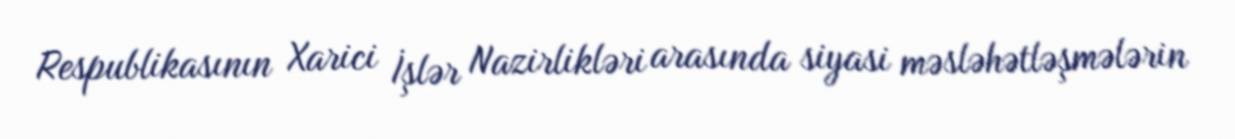
Respublikasının Xarici İşlər Nazirlikləri arasında siyasi məsləhətləşmələrin